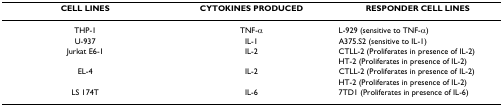
<table><thead><tr><td><b>CELL LINES</b></td><td><b>CYTOKINES PRODUCED</b></td><td><b>RESPONDER CELL LINES</b></td></tr></thead><tbody><tr><td>THP-1</td><td>TNF-α</td><td>L-929 (sensitive to TNF-α)</td></tr><tr><td>U-937</td><td>IL-1</td><td>A375.S2 (sensitive to IL-1)</td></tr><tr><td>Jurkat E6-1</td><td>IL-2</td><td>CTLL-2 (Proliferates in presence of IL-2)</td></tr><tr><td></td><td></td><td>HT-2 (Proliferates in presence of IL-2)</td></tr><tr><td>EL-4</td><td>IL-2</td><td>CTLL-2 (Proliferates in presence of IL-2)</td></tr><tr><td></td><td></td><td>HT-2 (Proliferates in presence of IL-2)</td></tr><tr><td>LS 174T</td><td>IL-6</td><td>7TD1 (Proliferates in presence of IL-6)</td></tr></tbody></table>